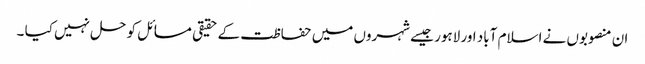
ان منصوبوں نے اسلام آباد اور لاہور جیسے شہروں میں حفاظت کے حقیقی مسائل کو حل نہیں کیا ۔